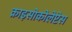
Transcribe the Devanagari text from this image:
क्राइसोकोलेप्टेस